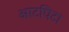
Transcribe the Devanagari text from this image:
आटपिटा